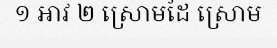
១ អាវ ២ ស្រោមដៃ ស្រោម